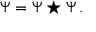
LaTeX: \Psi = \Psi \star \Psi \, .